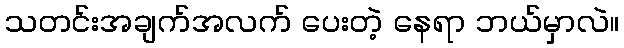
သတင်းအချက်အလက် ပေးတဲ့ နေရာ ဘယ်မှာလဲ။